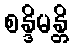
စန္ဒိမန္တိ